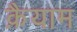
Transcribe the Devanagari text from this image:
क़ैयाम